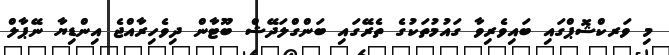
މި ވަރކްޝޮޕްގައި ބައިވެރިވާ ގައުމުތަކުގެ ތެރޭގައި ބަންގްލަދޭޝް ބޫޓާން ދިވެހިރާއްޖެ އިންޑިޔާ ނޭޕާލް